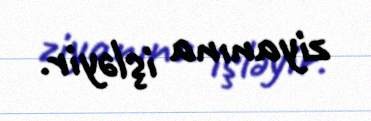
ziyanına işləyir.